Annual report of lunatic asylums [Bombay] - 1912-1922
Year: 1912
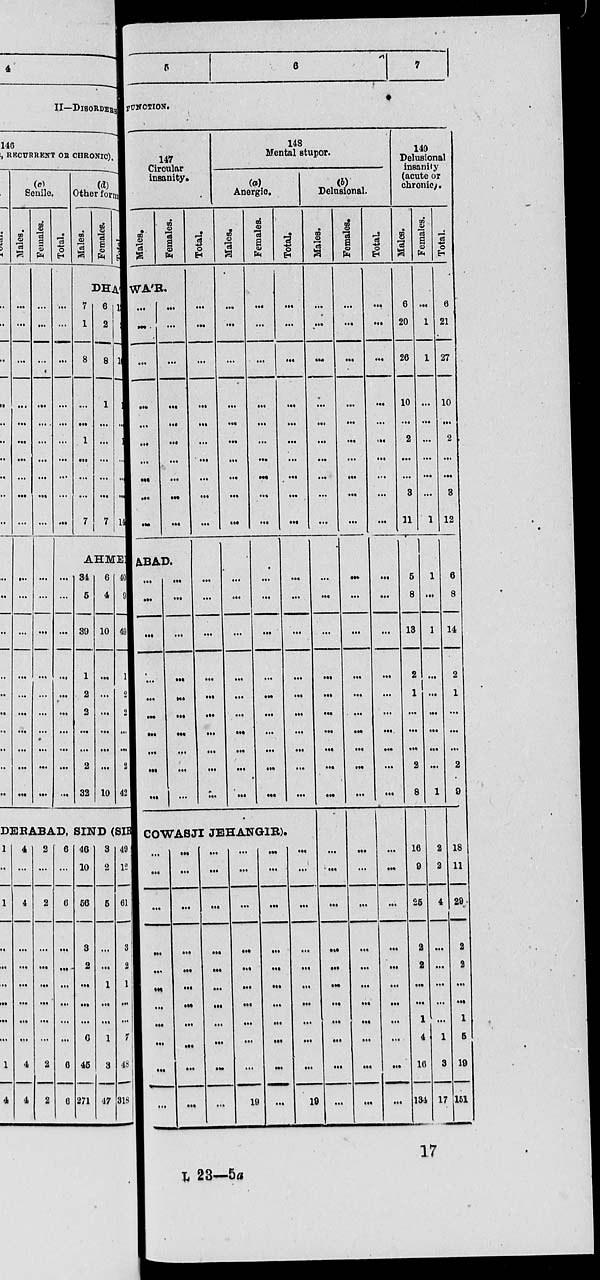
5
6
7
FUNCTION.
147
Circular
insanity.
Males.
Females.
WA'R.
...
...
...
...
...
...
...
...
...
...
...
...
...
...
...
...
...
...
...
...
ABAD.
...
...
...
...
...
...
...
...
...
...
...
...
...
...
...
...
...
...
...
...
Total.
...
...
...
...
...
...
...
...
...
...
...
...
...
...
...
...
...
...
...
...
148
Mental stupor.
(a)
Anergic.
Males.
...
...
...
...
...
...
...
...
...
...
...
...
...
...
...
...
...
...
...
...
Females.
...
...
...
...
...
...
...
...
...
...
...
...
...
...
...
...
...
...
...
...
Total.
...
...
...
...
...
...
...
...
...
...
...
...
...
...
...
...
...
...
...
...
COWASJI JEHANGIR).
...
...
...
...
...
...
...
...
...
...
...
...
...
...
...
...
...
...
...
...
...
...
...
...
...
...
...
...
...
...
...
...
...
...
...
...
...
...
...
...
...
...
...
19
...
...
...
...
...
...
...
...
...
...
...
...
...
...
...
...
...
...
...
...
...
19
(b)
Delusional.
Males.
...
...
...
...
...
...
...
...
...
...
...
...
...
...
...
...
...
...
...
...
...
...
...
...
...
...
...
...
...
...
...
Females.
...
...
...
...
...
...
...
...
...
...
...
...
...
...
...
...
...
...
...
...
...
...
...
...
...
...
...
...
...
...
...
Total.
...
...
...
...
...
...
...
...
...
...
...
...
...
...
...
...
...
...
...
...
...
...
...
...
...
...
...
...
...
...
...
149
Delusional
insanity
(acute or
chronic).
Males.
6
20
26
10
...
2
...
...
3
11
5
8
13
2
1
...
...
...
2
8
16
9
25
2
2
...
...
1
4
16
134
Females.
...
1
1
...
...
...
...
...
...
1
1
...
1
...
...
...
...
...
...
1
2
2
4
...
...
...
...
...
1
3
17
Total.
6
21
27
10
...
2
...
...
3
12
6
8
14
2
1
...
...
...
2
9
18
11
29
2
2
...
...
1
5
19
151
17
L 23—5a